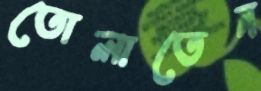
তোলাতেন